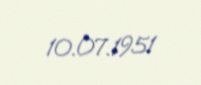
10.07.1951